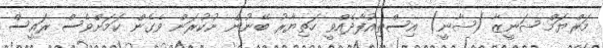
މަރްޔަމް ޝަނީޒާ (ޝާނީ) އިސްތިއުފާދެއްވީ ހަތިޔާރު ބޭނުން ނުކުރަން ވެގެން ކަމަށްވެސް ރައީސް